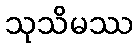
သုသိမဿ